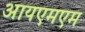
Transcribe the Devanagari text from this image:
आयएमएम